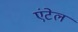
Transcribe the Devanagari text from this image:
एंटेल